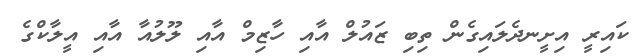
ކައިރީ އިށީނދެލައިގެން ތިބި ޒައުލް އާއި ހާޒިމް އާއި ލޫލުއާ އާއި އީލާކްގެ